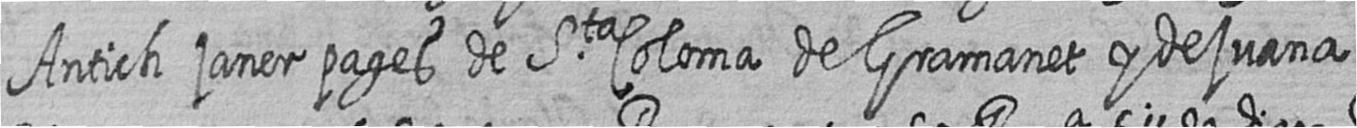
Antich janer pages de Sta Coloma de Gramanet y de juana